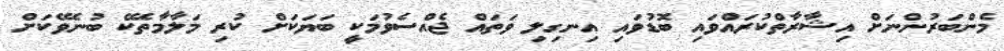
މެންބަރުންނަށް އިޝާރާތްކުރައްވައި ބޮޑުވައި އިނގިލި ވަތައް ޖެއްސެވުމަކީ ބަޔަކަށް ކުރި މަލާމާތެކޭ ބުނެވޭކަށް